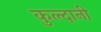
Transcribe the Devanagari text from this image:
कुल्दानी